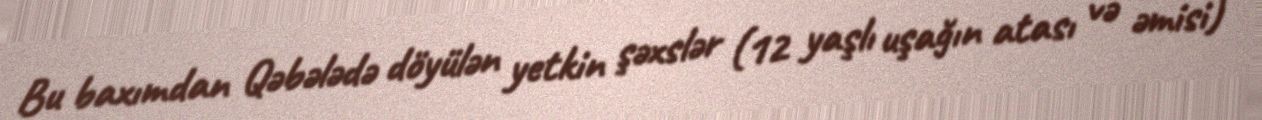
Bu baxımdan Qəbələdə döyülən yetkin şəxslər (12 yaşlı uşağın atası və əmisi)